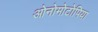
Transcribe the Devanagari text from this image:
ओनोमोटोपिया